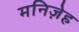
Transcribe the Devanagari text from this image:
मनिज़ेह